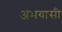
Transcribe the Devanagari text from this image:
अभयासी